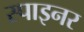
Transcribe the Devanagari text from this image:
स्पाइनर